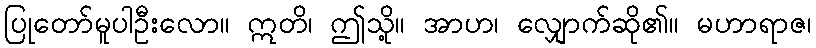
ပြုတော်မူပါဦးလော။ ဣတိ၊ ဤသို့။ အာဟ၊ လျှောက်ဆို၏။ မဟာရာဇ၊